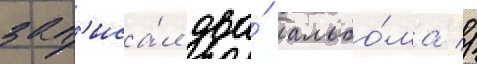
зап'иса́л два́ альбо́ма //